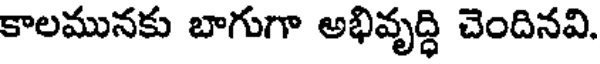
కాలమునకు బాగుగా అభివృద్ధి చెందినవి.